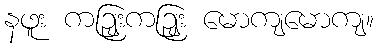
နဖူး ကဉျြးကဉျြး မောကျမောကျ။